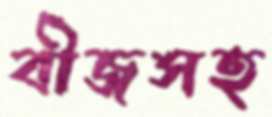
বীজসহ